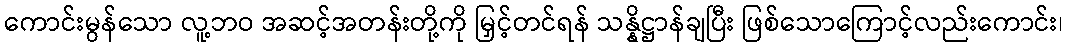
ကောင်းမွန်သော လူ့ဘဝ အဆင့်အတန်းတို့ကို မြှင့်တင်ရန် သန္နိဋ္ဌာန်ချပြီး ဖြစ်သောကြောင့်လည်းကောင်း၊